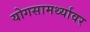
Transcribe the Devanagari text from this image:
योगसामर्थ्यावर